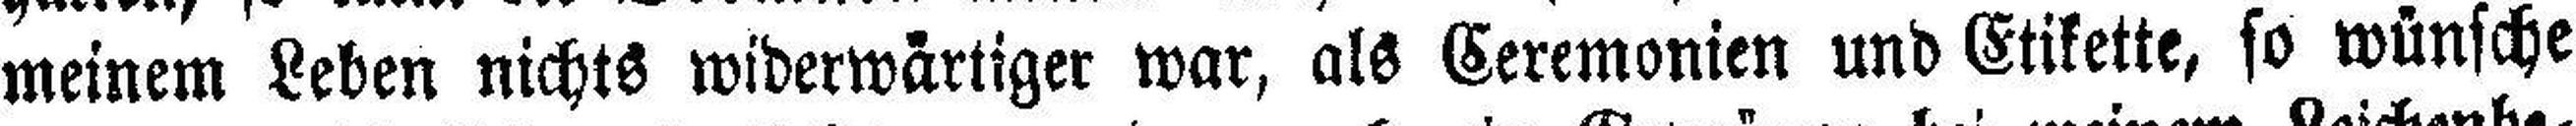
meinem Leben nichts widerwärtiger war, als Ceremonien und Etikette, so wünsche